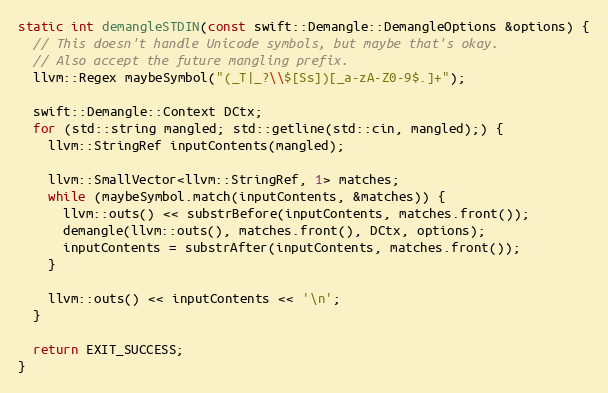
Language: C++
static int demangleSTDIN(const swift::Demangle::DemangleOptions &options) {
  // This doesn't handle Unicode symbols, but maybe that's okay.
  // Also accept the future mangling prefix.
  llvm::Regex maybeSymbol("(_T|_?\\$[Ss])[_a-zA-Z0-9$.]+");

  swift::Demangle::Context DCtx;
  for (std::string mangled; std::getline(std::cin, mangled);) {
    llvm::StringRef inputContents(mangled);

    llvm::SmallVector<llvm::StringRef, 1> matches;
    while (maybeSymbol.match(inputContents, &matches)) {
      llvm::outs() << substrBefore(inputContents, matches.front());
      demangle(llvm::outs(), matches.front(), DCtx, options);
      inputContents = substrAfter(inputContents, matches.front());
    }

    llvm::outs() << inputContents << '\n';
  }

  return EXIT_SUCCESS;
}